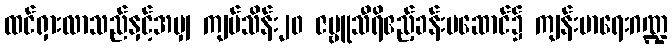
ထင်ရှားလာသည်နှင့်အမျှ ကျပ်သိန်း၂၀ ဇမ္ဗူသီရိဧည့်ခန်းမဆောင်၌ ကျန်းမာရေးဂဏ္ဍ